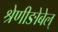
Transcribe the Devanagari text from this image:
श्रेणीङोबेल्